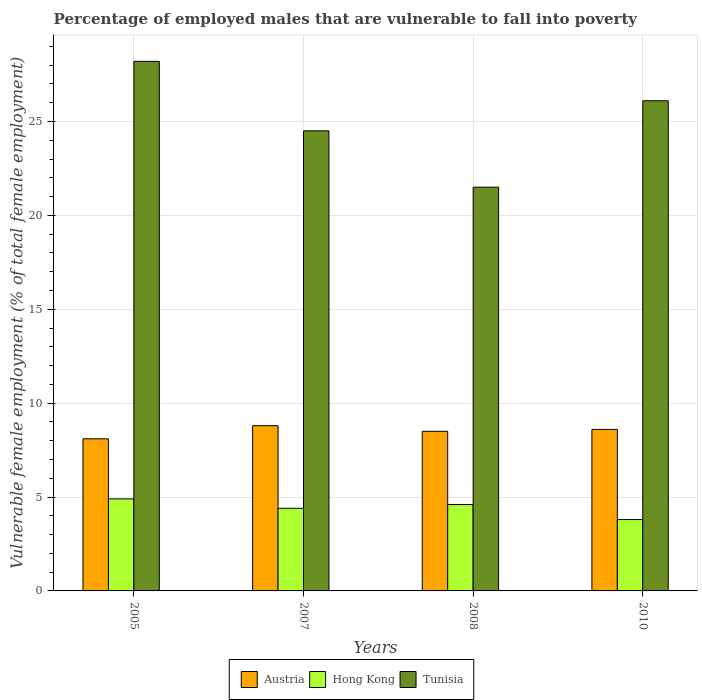
| Years | Austria | Hong Kong | Tunisia |
 | --- | --- | --- | --- |
 | 2005 | 8.1 | 4.9 | 28.2 |
 | 2007 | 8.8 | 4.4 | 24.5 |
 | 2008 | 8.5 | 4.6 | 21.5 |
 | 2010 | 8.6 | 3.8 | 26.1 |